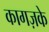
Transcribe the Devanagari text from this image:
कागज़के